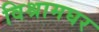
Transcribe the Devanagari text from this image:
विश्रामघर